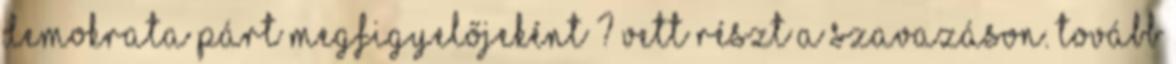
Demokrata Párt megfigyelőjeként ? vett részt a szavazáson. Tovább